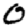
Digit: 0